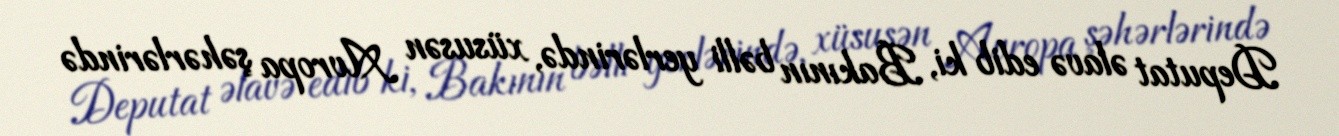
Deputat əlavə edib ki, Bakının bəlli yerlərində, xüsusən Avropa şəhərlərində